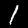
Digit: 1